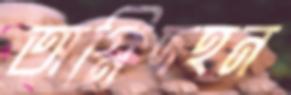
অগ্নিদহন